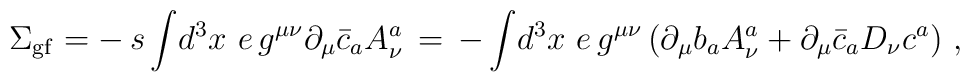
\Sigma_{{\rm gf}} = -\,s\,\displaystyle{\int} d^3x\,\,e\,g^{\mu\nu}\partial_\mu \bar{c}_a A_\nu^a \,=\, -\, \displaystyle{\int} d^3x\,\,e\,g^{\mu\nu}\left( \partial_\mu b_a A_\nu^a + \partial_\mu \bar{c}_a D_\nu c^a \right)\,,